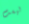
ليست